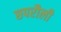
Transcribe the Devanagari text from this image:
छपरौली